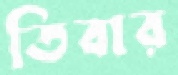
তিবার